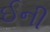
ઈની